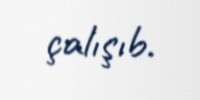
çalışıb.